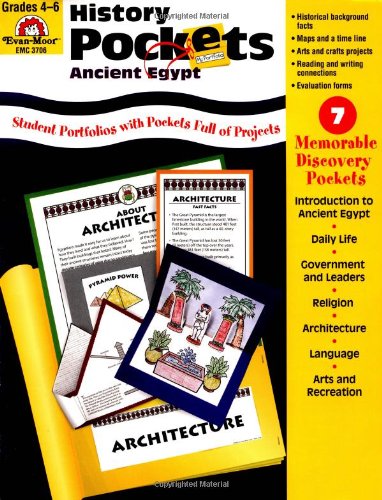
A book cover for History Pockets: Ancient Egypt - Grades 4-6+; Evan Moor; Children's Books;